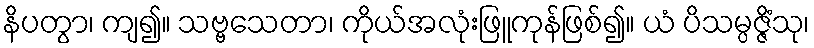
နိပတွာ၊ ကျ၍။ သဗ္ဗသေတာ၊ ကိုယ်အလုံးဖြူကုန်ဖြစ်၍။ ယံ ပိသမ္ပဇ္ဇိံသု၊